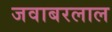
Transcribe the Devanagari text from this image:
जवाबरलाल